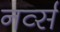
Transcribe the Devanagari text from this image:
नर्व्स